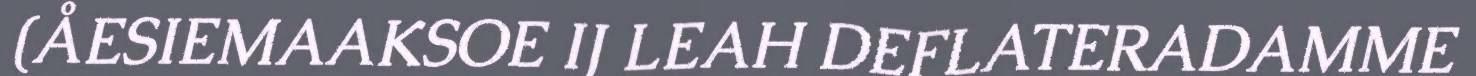
(ÅESIEMAAKSOE IJ LEAH DEFLATERADAMME